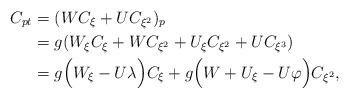
LaTeX: \begin{align*} C_{pt}=\;&(WC_{\xi}+UC_{\xi^2})_p\\ =\;&g(W_{\xi}C_{\xi}+WC_{\xi^2}+U_{\xi}C_{\xi^2}+UC_{\xi^3})\\ =\;&g\Big(W_{\xi}-U\lambda\Big)C_{\xi}+g\Big(W+U_{\xi}-U\varphi\Big)C_{\xi^2}, \end{align*}